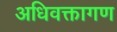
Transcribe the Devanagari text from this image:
अधिवक्तागण